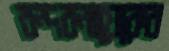
বন্দরনায়েকের